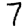
Digit: 7